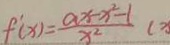
f ^ { \prime } ( x ) = \frac { a x - x ^ { 2 } - 1 } { x ^ { 2 } } (